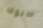
سبوك